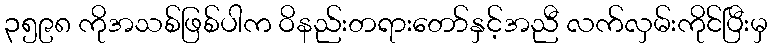
၃၅၉၈ ကိုအသစ်ဖြစ်ပါက ဝိနည်းတရားတော်နှင့်အညီ လက်လှမ်းကိုင်ပြီးမှ